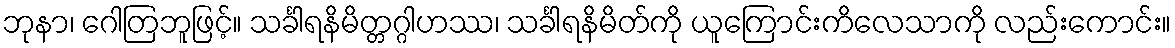
ဘုနာ၊ ဂေါတြဘူဖြင့်။ သင်္ခါရနိမိတ္တဂ္ဂါဟဿ၊ သင်္ခါရနိမိတ်ကို ယူကြောင်းကိလေသာကို လည်းကောင်း။